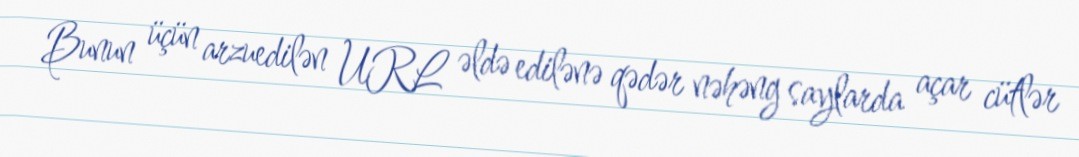
Bunun üçün arzuedilən URL əldə edilənə qədər nəhəng saylarda açar cütlər